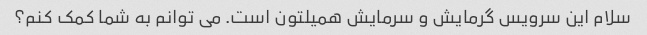
سلام این سرویس گرمایش و سرمایش همیلتون است. می توانم به شما کمک کنم؟